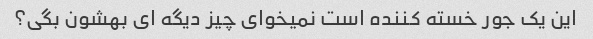
این یک جور خسته کننده است نمیخوای چیز دیگه ای بهشون بگی؟